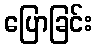
ပြောခြင်း